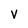
Character: V